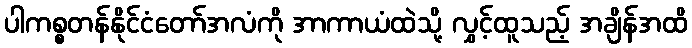
ပါကစ္စတန်နိုင်ငံတော်အလံကို အာကာယံထဲသို့ လွှင့်ထူသည့် အချိန်အထိ